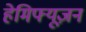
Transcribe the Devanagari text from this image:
हेमिफ्यूज़न